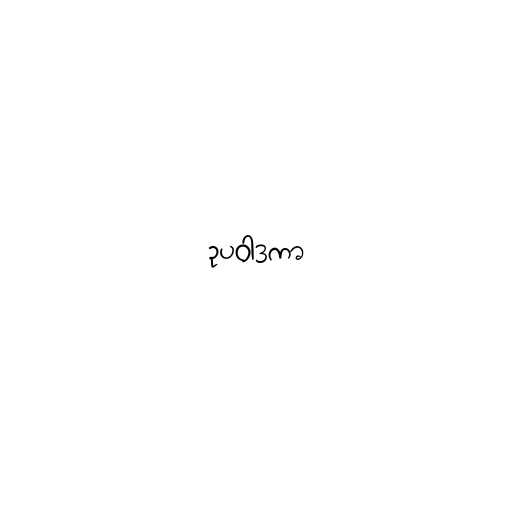
ဥပဝါဒကာ